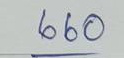
660